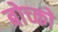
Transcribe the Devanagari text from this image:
बोच्को